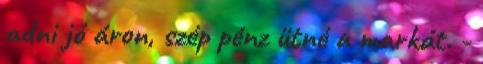
adni jó áron, szép pénz ütné a markát. -